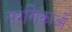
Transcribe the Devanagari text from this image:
तरंगिकाओं